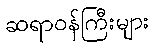
ဆရာဝန်ကြီးများ